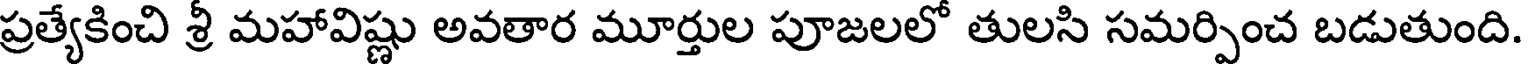
ప్రత్యేకించి శ్రీ మహావిష్ణు అవతార మూర్తుల పూజలలో తులసి సమర్పించ బడుతుంది